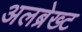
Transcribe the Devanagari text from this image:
अलब्रेख्ट